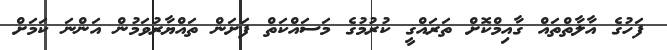
ފަހުގެ އާލާތްތައް ގާއިމްކޮށް ތަރައްގީ ކުރުމުގެ މަސައްކަތް ފަށަން ތައްޔާރުވަމުން އަންނަ ކަމަށް